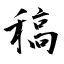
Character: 稿